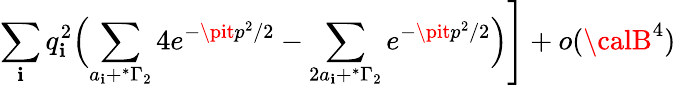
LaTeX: \sum_{\mathbf{i}}q_{\mathbf{i}}^{2}\Bigl(\sum_{a_{\mathbf{i}}+^{*}\Gamma_{2}}4e^{-{\pit}p^{2}/2}-\sum_{2a_{\mathbf{i}}+^{*}\Gamma_{2}}e^{-{\pit}p^{2}/2}\Bigr)\Biggr]+o({\calB}^{4})